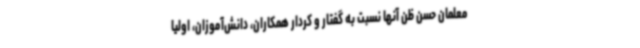
معلمان حسن ظن آنها نسبت به گفتار و کردار همکاران، دانش‌آموزان، اولیا